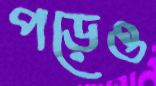
পড়েও